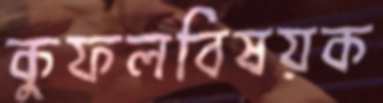
কুফলবিষয়ক